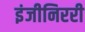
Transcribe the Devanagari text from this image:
इंजीनिररी